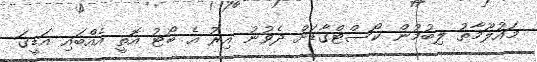
މައުލޫމާތު ލިބުމުން ކޯސްޓްގާޑަށް ދެވުނު އިރު އެ ބޯޓު އޮތީ އެއްބައި އަޑީގަ